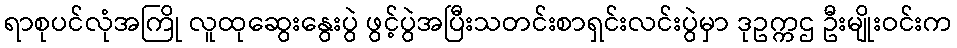
ရာစုပင်လုံအကြို လူထုဆွေးနွေးပွဲ ဖွင့်ပွဲအပြီးသတင်းစာရှင်းလင်းပွဲမှာ ဒုဥက္ကဌ ဦးမျိုးဝင်းက